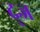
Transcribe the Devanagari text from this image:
द्ज